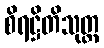
စိရဋ္ဌိတိသုတ္တ